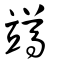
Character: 竴